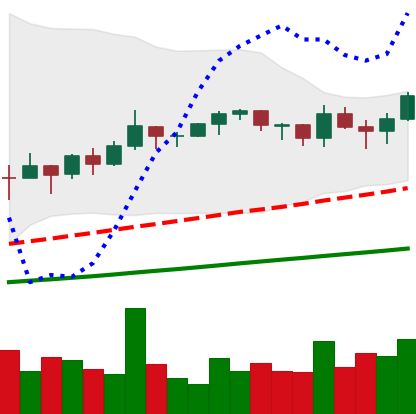
Ticker: TRX-USD
Chart end date: 2021-03-17
Forward return: 8.711%
Label: up_7plus